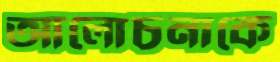
আলোচনাকে